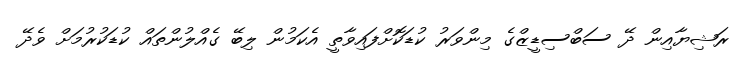
ރަޝިޔާއިން ދޭ ސަބްސިޑީޒްގެ މިންވަރު ކުޑަކޮށްފައިވާތީ އެކަމުން ލިބޭ ގެއްލުންތައް ކުޑަކުރުމަށް ވެދޭ